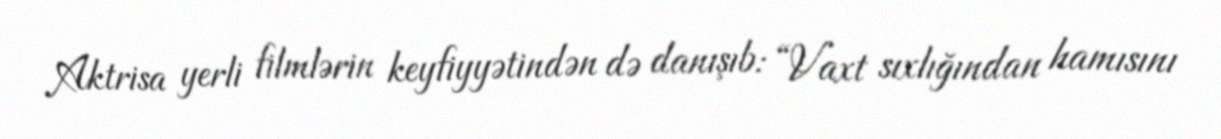
Aktrisa yerli filmlərin keyfiyyətindən də danışıb: “Vaxt sıxlığından hamısını